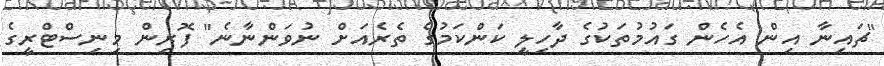
"ޗައިނާ އިން އެހެން ގައުމުތަކުގެ ދާހިލީ ކަންކަމުގެ ތެރެއަަށް ނުވަންނާނެ" ފޮރިން މިނިސްޓްރީގެ